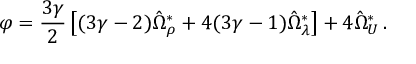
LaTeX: \varphi = \frac { 3 \gamma } { 2 } \left[ ( 3 \gamma - 2 ) \hat { \Omega } _ { \rho } ^ { \ast } + 4 ( 3 \gamma - 1 ) \hat { \Omega } _ { \lambda } ^ { \ast } \right] + 4 \hat { \Omega } _ { \cal U } ^ { \ast } \, .